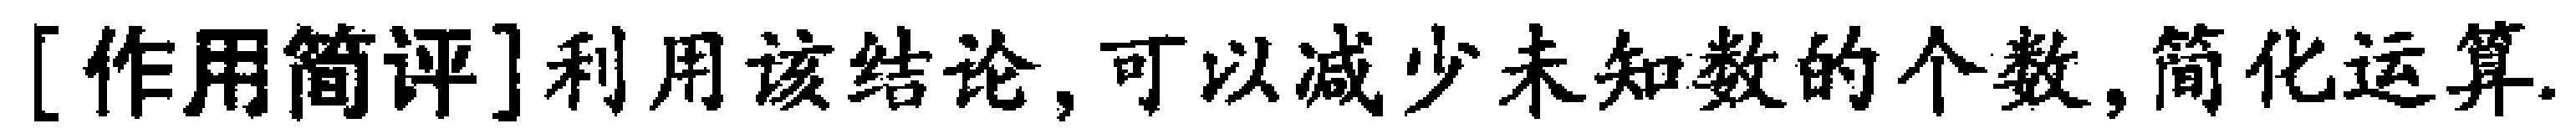
[作用简评]利用该结论,可以减少未知数的个数,简化运算.